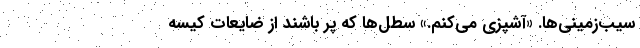
سیب‌زمینی‌ها. «آشپزی می‌کنم.» سطل‌ها که پُر باشند از ضایعات کیسه